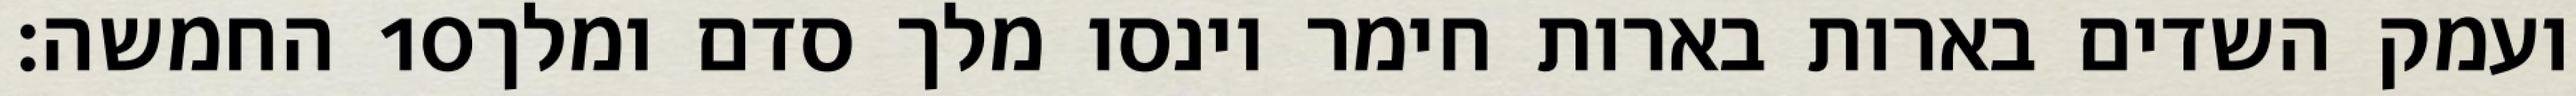
החמשה׃ ‎10‏ ועמק השדים בארות בארות חימר וינסו מלך סדם ומלך